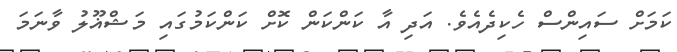
ކަމަށް ސައިންސް ހެކިދެއެވެ. އަދި އާ ކަންކަން ކޮށް ކަންކަމުގައި މަޝްޣޫލު ވާނަމަ